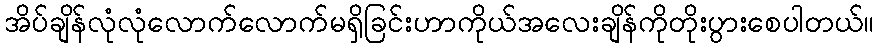
အိပ်ချိန်လုံလုံလောက်လောက်မရှိခြင်းဟာကိုယ်အလေးချိန်ကိုတိုးပွားစေပါတယ်။